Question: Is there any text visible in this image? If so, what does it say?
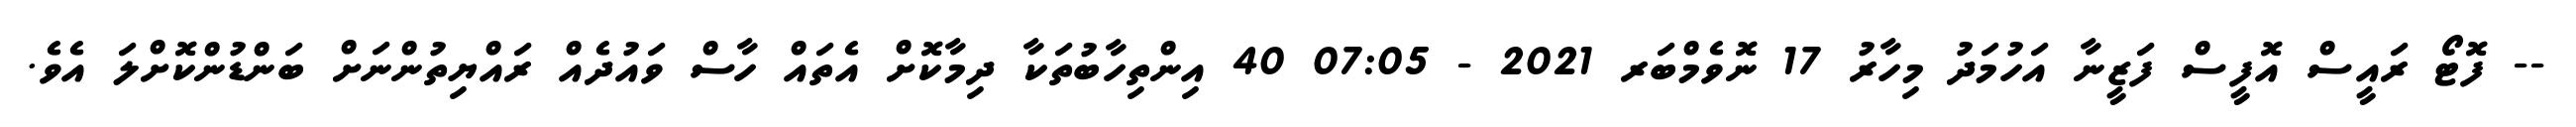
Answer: -- ފޮޓޯ ރައީސް އޮފީސް ފަޒީނާ އަހުމަދު މިހާރު 17 ނޮވެމްބަރ 2021 - 07:05 40 އިންތިހާބުތަކާ ދިމާކޮށް އެތައް ހާސް ވައުދެއް ރައްޔިތުންނަށް ބަންޑުންކޮށްލަ އެވެ.